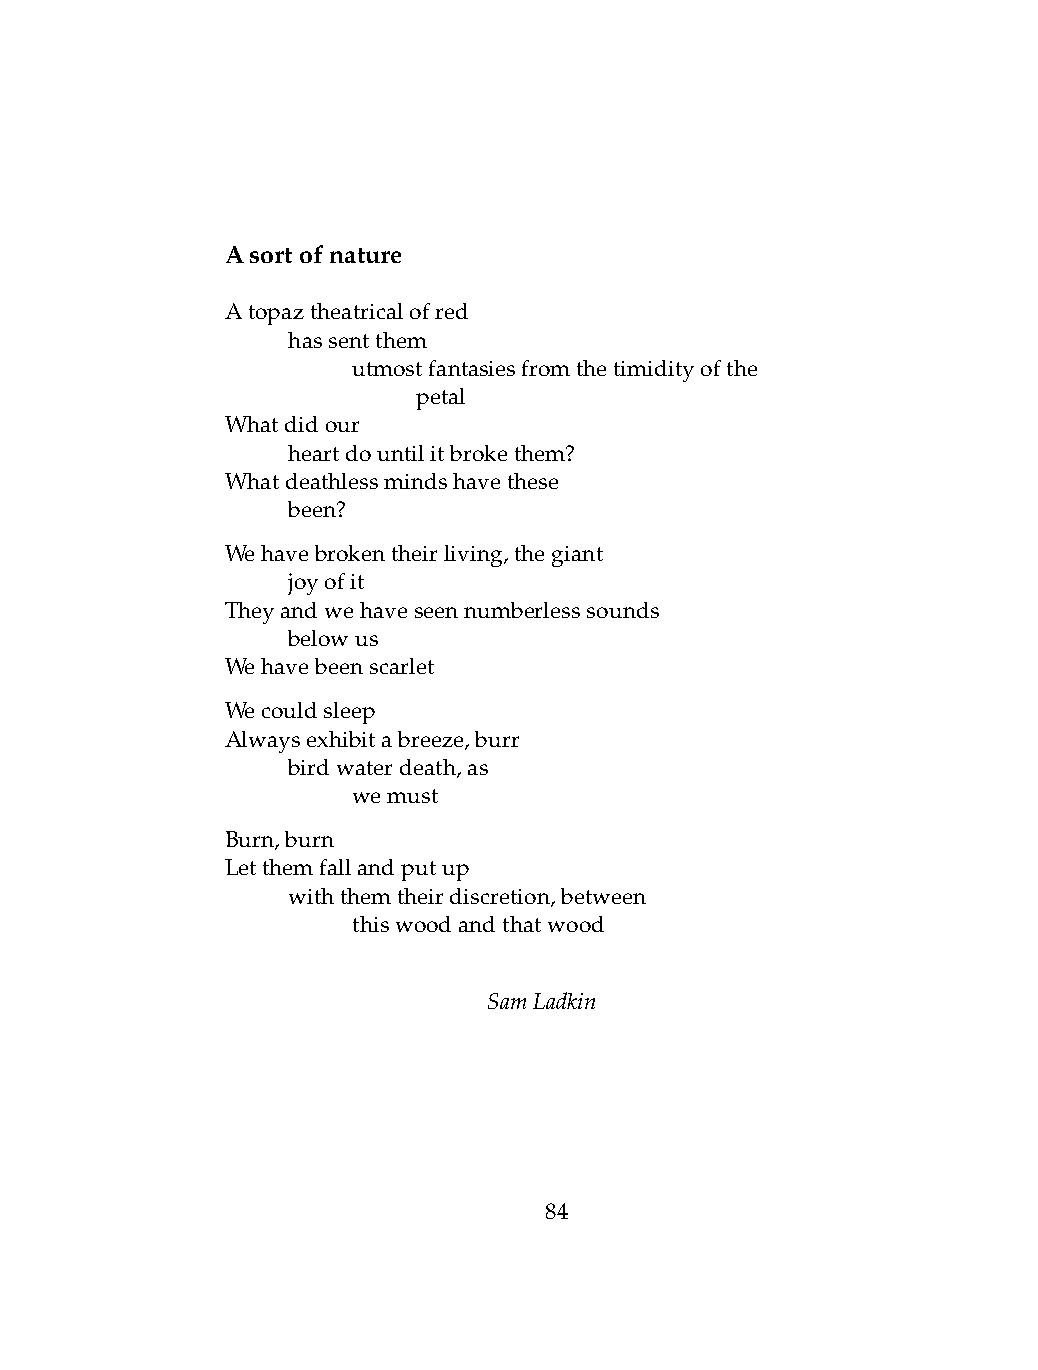
Asortofnature
 Atopaztheatricalofred
 .   hassentthem
 .   .   utmostfantasiesfromthetimidityofthe
 .   .   .    petal
 Whatdidour
 .   heartdountilitbrokethem?
 Whatdeathlessmindshavethese
 .   been?
 Wehavebrokentheirliving,thegiant
 .   joyofit
 Theyandwehaveseennumberlesssounds
 .   belowus
 Wehavebeenscarlet
 Wecouldsleep
 Alwaysexhibitabreeze,burr
 .   birdwaterdeath,as
 .   .   wemust
 Burn,burn
 Letthemfallandputup
 .   withthemtheirdiscretion,between
 .   .   thiswoodandthatwood
 SamLadkin
 84